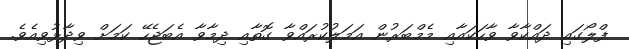
ފްލޯގައި ދައްކާވާ ވާހަކައާއި މެމްބަރުން އަމަލުކުރައްވާ ގޮތާއި ދިމާވާ އެބަޖެހޭ ކަމަށް ވިދާޅުވިއެވެ.